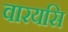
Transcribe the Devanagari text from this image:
वारयसि